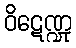
ဝိဋေဏ္ဍု